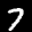
Label: 7